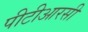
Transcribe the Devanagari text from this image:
पीटीआरसी